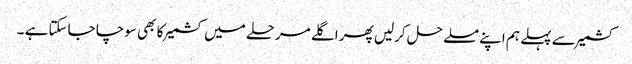
کشمیر سے پہلے ہم اپنے مسلے حل کرلیں پھر اگلے مرحلے میں کشمیر کا بھی سوچا جاسکتا ہے ۔